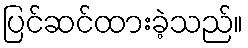
ပြင်ဆင်ထားခဲ့သည်။